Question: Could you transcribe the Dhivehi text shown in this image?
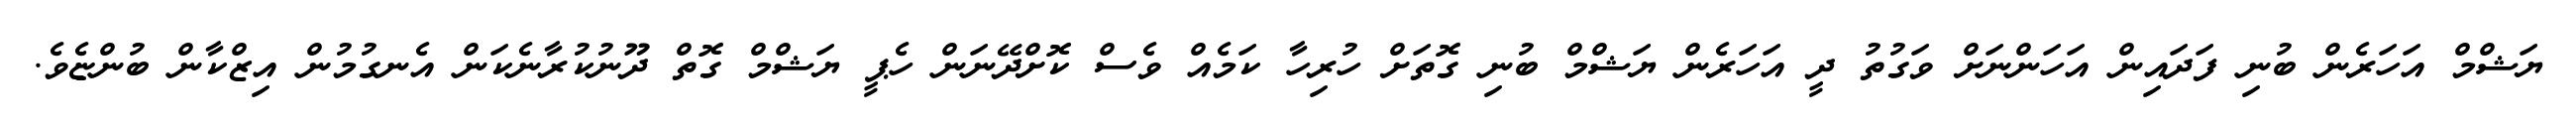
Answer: ޔަޝްމް އަހަރެން ބުނި ފަދައިން އަހަންނަށް ވަގުތު ދީ އަހަރެން ޔަޝްމް ބުނި ގޮތަށް ހުރިހާ ކަމެއް ވެސް ކޮށްދޭނަން ހެޕީ ޔަޝްމް ގޮތް ދޫނުކުރާނެކަން އެނގުމުން އިޒްކާން ބުންޏެވެ.